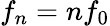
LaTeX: f_{n}=nf_{0}